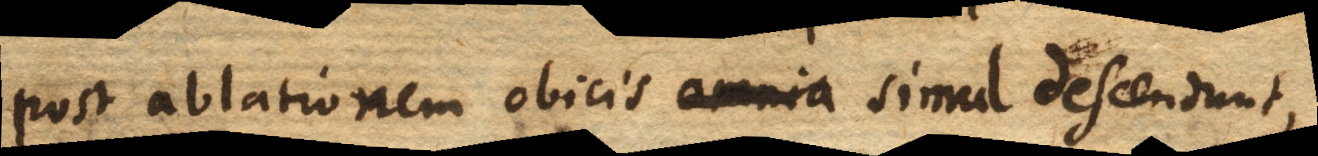
post ablationem obicis omnia simul descendunt,